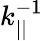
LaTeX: k_{||}^{-1}